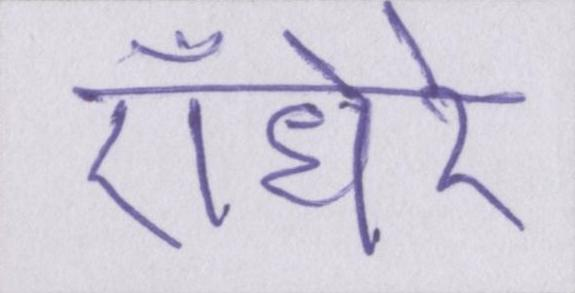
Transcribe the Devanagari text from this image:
ऍंधेरे